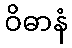
ဝိဓာနံ